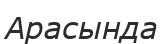
Арасында